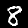
Label: 8